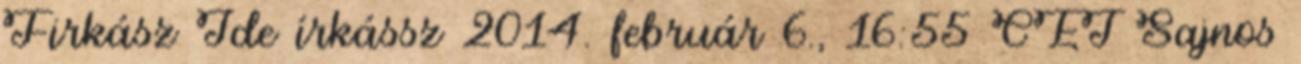
Firkász Ide írkássz 2014. február 6., 16:55 CET Sajnos